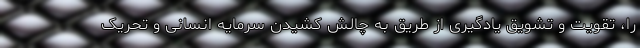
را، تقویت و تشویق یادگیری از طریق به چالش کشیدن سرمایه انسانی و تحریک